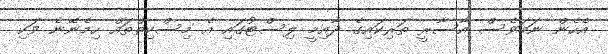
އެހެން ނަމަވެސް އާސާރީ ތަރިކައިގެ ދާއިމީ ލިސްޓުގައި އެ މިސްކިތްތައް ހިމެނޭނެ ވަކި